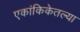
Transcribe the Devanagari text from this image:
एकांकिकेतल्या